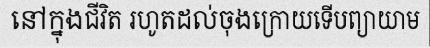
នៅក្នុងជីវិត រហូតដល់ចុងក្រោយទើបព្យាយាម